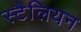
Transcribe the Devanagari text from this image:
स्टैलियन